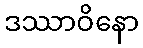
ဒဿာဝိနော